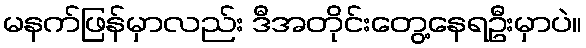
မနက်ဖြန်မှာလည်း ဒီအတိုင်းတွေ့နေရဦးမှာပဲ။